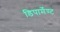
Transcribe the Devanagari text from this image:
डिपार्मेण्ट